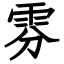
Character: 雰